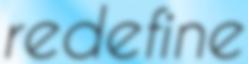
redefine